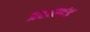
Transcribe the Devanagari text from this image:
प्रहारदंड